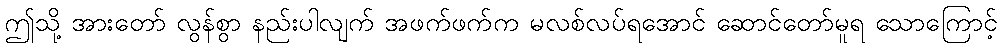
ဤသို့ အားတော် လွန်စွာ နည်းပါလျက် အဖက်ဖက်က မလစ်လပ်ရအောင် ဆောင်တော်မူရ သောကြောင့်